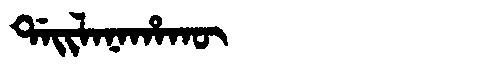
Manchu: ᡩᠠᡳᠯᠠᠨᠠᡥᠠᡴᡡ
Romanization: DAILANAHAKŪ